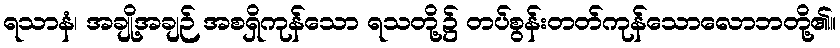
ရသာနံ၊ အချို့အချဉ် အစရှိကုန်သော ရသတို့၌ တပ်စွန်းတတ်ကုန်သောလောဘတို့၏။